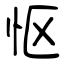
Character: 怄